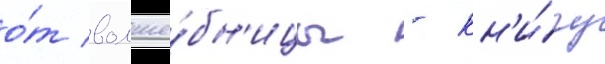
о́т волше́бн'ицы - кн'и́гу